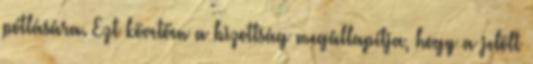
pótlására. Ezt követően a bizottság megállapítja, hogy a jelölt